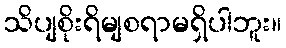
သိပျစိုးရိမျစရာမရှိပါဘူး။